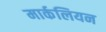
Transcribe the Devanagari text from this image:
मार्कलियन